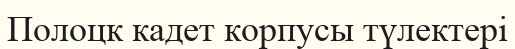
Полоцк кадет корпусы түлектері